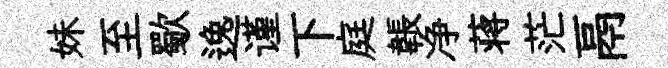
妹至歜逸谨下庭韔净蒋茫鬲